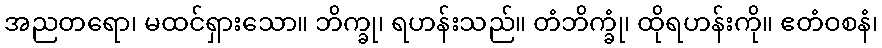
အညတရော၊ မထင်ရှားသော။ ဘိက္ခု၊ ရဟန်းသည်။ တံဘိက္ခုံ၊ ထိုရဟန်းကို။ ဧတံဝစနံ၊